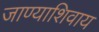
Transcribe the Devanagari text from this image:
जाण्याशिवाय